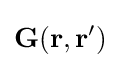
\mathbf {G} (\mathbf {r} ,\mathbf {r} ^{\prime })